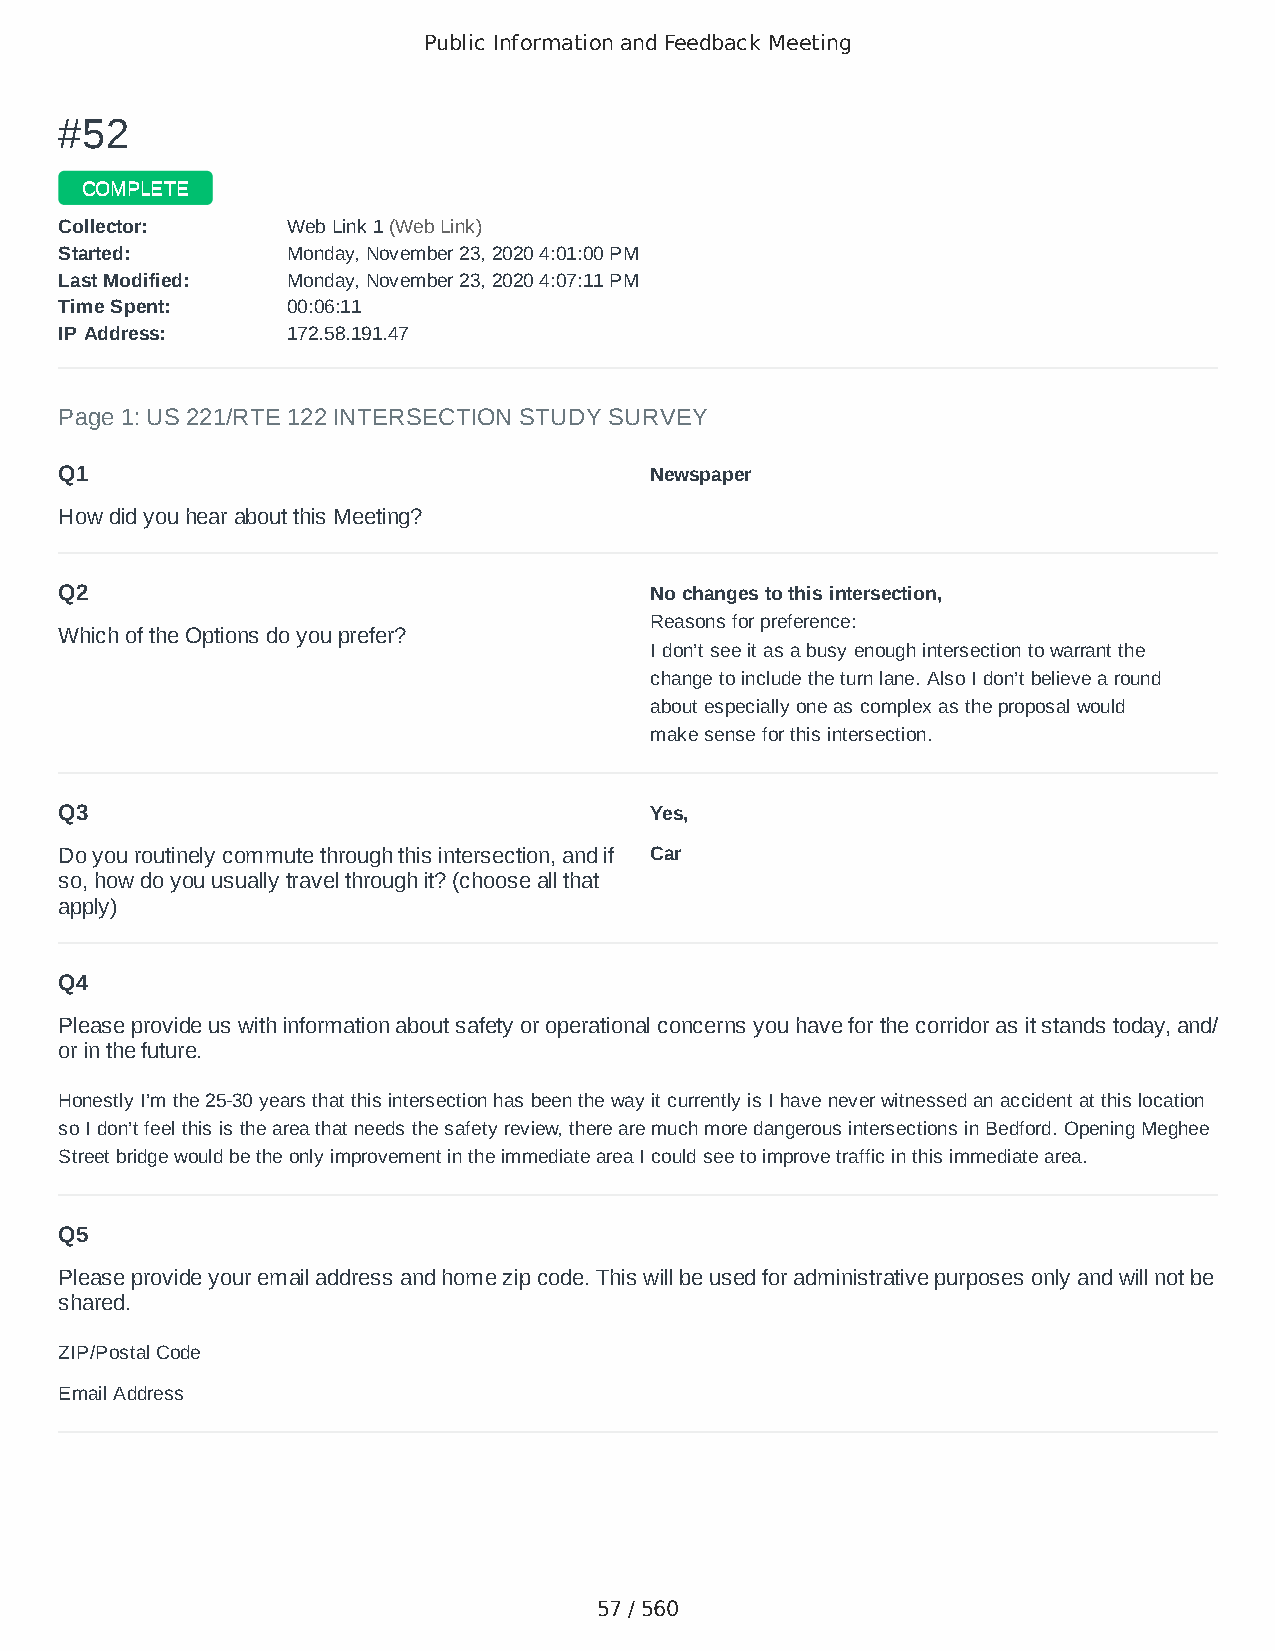
Public Information and Feedback Meeting
 ##5522
 CCOOMMPPLLEETTEE
 CCoolllleeccttoorr:: WWeebb LLiinnkk 11 ((WWeebb LLiinnkk))
 SSttaarrtteedd:: MMoonnddaayy,, NNoovveemmbbeerr 2233,, 22002200 44::0011::0000 PPMM
 LLaasstt MMooddiiffiieedd:: MMoonnddaayy,, NNoovveemmbbeerr 2233,, 22002200 44::0077::1111 PPMM
 TTiimmee SSppeenntt:: 0000::0066::1111
 IIPP AAddddrreessss:: 117722..5588..119911..4477
 Page 1: US 221/RTE 122 INTERSECTION STUDY SURVEY
 Q1                                     Newspaper
 How did you hear about this Meeting?
 Q2                                     No changes to this intersection,
 Reasons for preference:
 Which of the Options do you prefer?
 I don’t see it as a busy enough intersection to warrant the
 change to include the turn lane. Also I don’t believe a round
 about especially one as complex as the proposal would
 make sense for this intersection.
 Q3                                     Yes,
 Do you routinely commute through this intersection, and if Car
 so, how do you usually travel through it? (choose all that
 apply)
 Q4
 Please provide us with information about safety or operational concerns you have for the corridor as it stands today, and/
 or in the future.
 Honestly I’m the 25-30 years that this intersection has been the way it currently is I have never witnessed an accident at this location
 so I don’t feel this is the area that needs the safety review, there are much more dangerous intersections in Bedford. Opening Meghee
 Street bridge would be the only improvement in the immediate area I could see to improve traffic in this immediate area.
 Q5
 Please provide your email address and home zip code. This will be used for administrative purposes only and will not be
 shared.
 ZIP/Postal Code                        24523
 Email Address                          andrews.jm90@gmail.com
 57 / 560